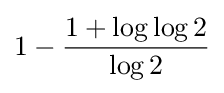
1-{\frac {1+\log \log 2}{\log 2}}